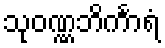
သုဝဏ္ဏဘိင်္ကာရံ